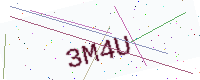
Text: 3M4U